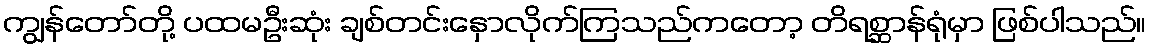
ကျွန်တော်တို့ ပထမဦးဆုံး ချစ်တင်းနှောလိုက်ကြသည်ကတော့ တိရစ္ဆာန်ရုံမှာ ဖြစ်ပါသည်။